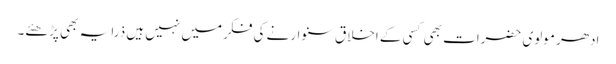
ادھر مولوی حضرات بھی کسی کے اخلاق سنوارنے کی فکر میں نہیں ہیں ذرا یہ بھی پڑھئے۔